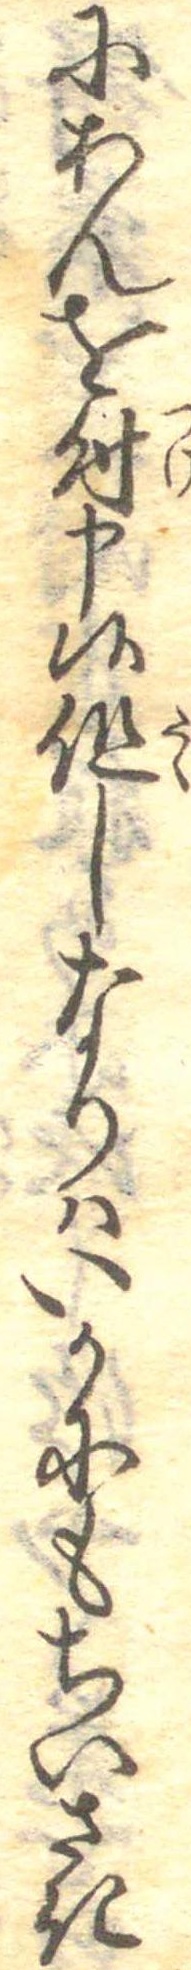
にあんを付申候但しなりはいかにもちいさき